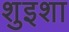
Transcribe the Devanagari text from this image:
शुइशा